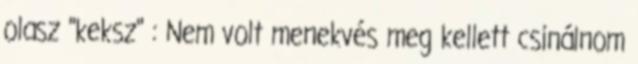
olasz "keksz" : Nem volt menekvés meg kellett csinálnom